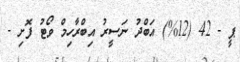
ޕީ - 42 (12%) އަބްދު ނަސީރު އިބްރާހިމް ވޯޓު ފޮށި -